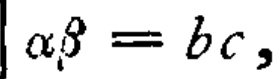
\(\alpha\beta = bc,\)